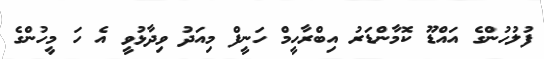
ފުލުހުންގެ އައްޑޫ ކޮމާންޑަރު އިބްރާހީމް ހަނީފް މިއަދު ވިދާޅުވީ އެ ހަ މީހުންގެ